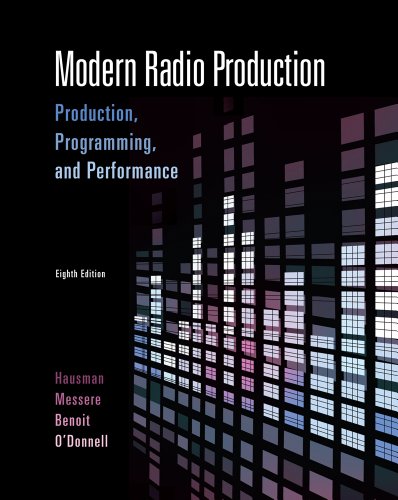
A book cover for Modern Radio Production: Production Programming & Performance (Wadsworth Series in Broadcast and Production); Carl Hausman; Humor & Entertainment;